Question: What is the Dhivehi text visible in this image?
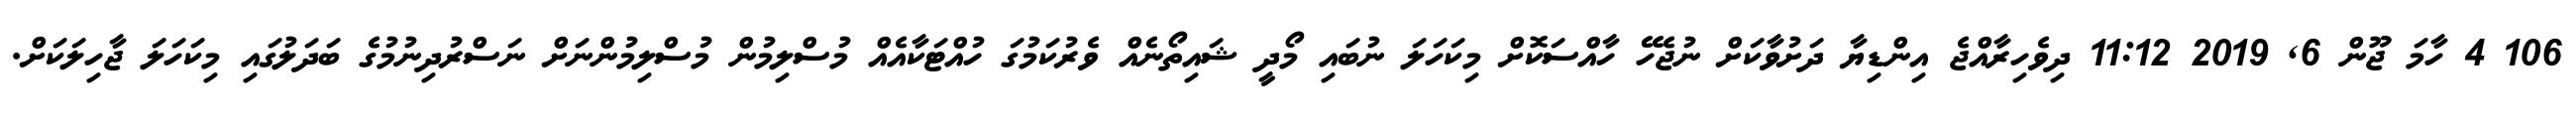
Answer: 106 4 ހާމަ ޖޫން 6, 2019 11:12 ދިވެހިރާއްޖެ އިންޑިޔާ ދަށުވާކަށް ނުޖެހޭ ހާއްސަކޮށް މިކަހަލަ ނުބައި މޯދީ ޝައިތޯނެއް ވެރުކަމުގަ ހުއްޓަކާއެއް މުސްލިމުން މުސްލިމުންނަށް ނަސްރުދިނުމުގެ ބަދަލުގައި މިކަހަލަ ޖާހިލަކަށް.